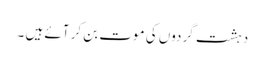
دہشت گردوں کی موت بن کر آئے ہیں ۔